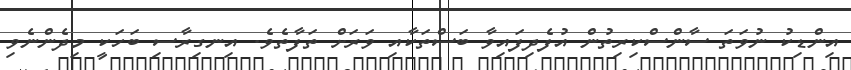
އިންޑިކު ނުވަތަ ސާންސްކިރިތުން އުފެދިފައިވާ ބަސްތަކާއި ވަރަށް ތަފާތެވެ. އިނގިރާސި ބަހަކީ މިދެންނެވި